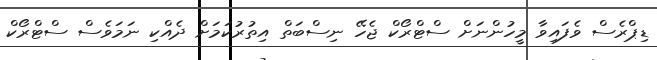
ޑިޕްރެސް ވެފައިވާ މީހުންނަށް ސްޓްރޯކް ޖެހޭ ނިސްބަތް އިތުރުކަމަށް ދެއްކި ނަމަވެސް ސްޓްރޯކް